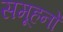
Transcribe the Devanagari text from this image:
समूहनों